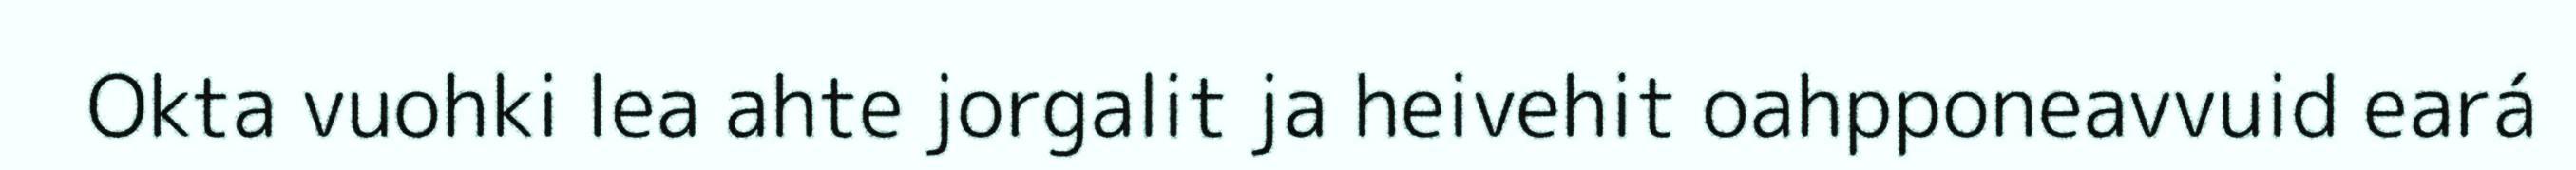
Okta vuohki lea ahte jorgalit ja heivehit oahpponeavvuid eará